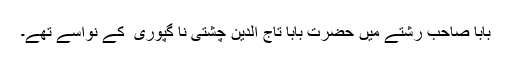
بابا صاحب رشتے میں حضرت بابا تاج الدین چشتی نا گپوری ؒ کے نواسے تھے۔